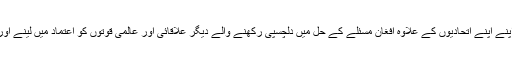
افغان امن مذاکرات کے حوالے سے فریقین یعنی پاکستان ، افغانستان ، امریکہ اور طالبان اپنے اپنے اتحادیوں کے علاوہ افغان مسئلے کے حل میں دلچسپی رکھنے والے دیگر علاقائی اور عالمی قوتوں کو اعتماد میں لینے اور اپنا اپنا موقف ان پر واضع کرنے کیلئے زبردست سفارتی سرگرمیوں میں مصروف ہیں ۔